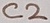
Text: C2